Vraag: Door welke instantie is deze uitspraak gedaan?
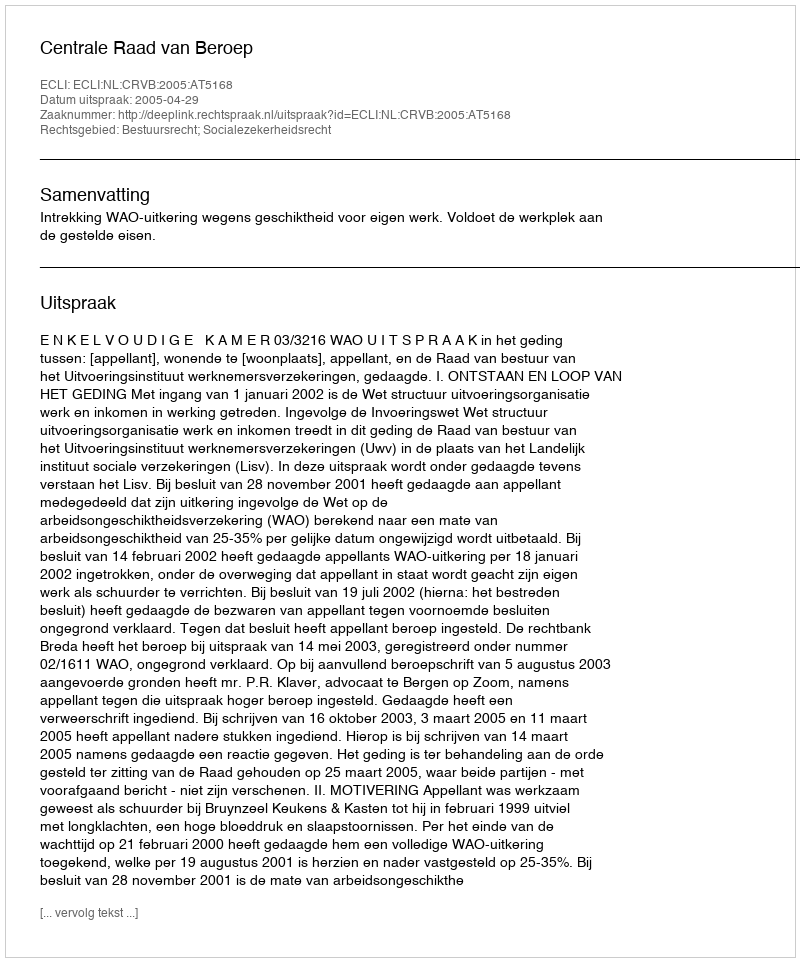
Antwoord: Centrale Raad van Beroep